Materia medica of Madras volume I
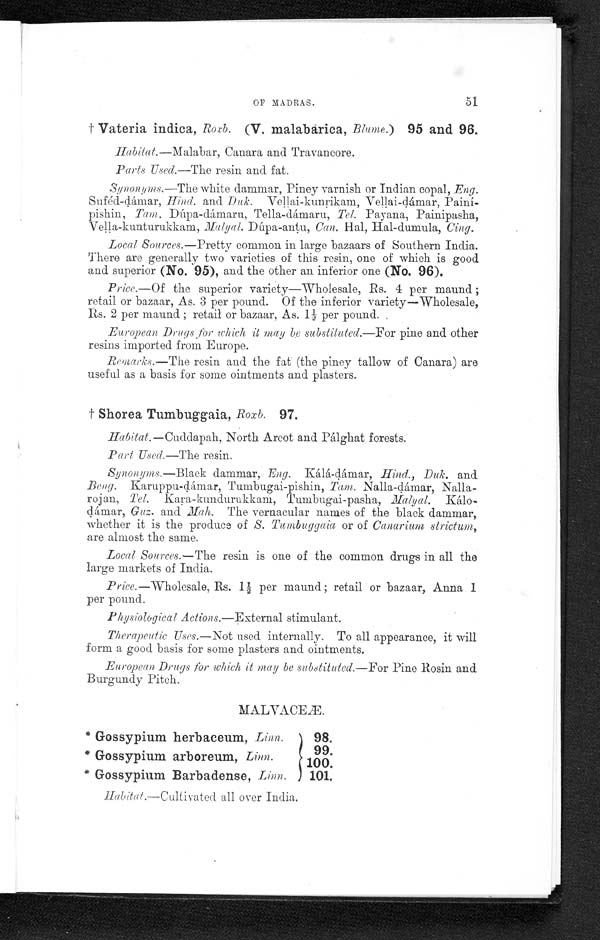
OP MADRAS.
51
† Vateria indica, Roxb. (V. malabarica, Blame.) 95 and 96.
Habitat.—Malabar, Canara and Travancore.
Parts Used.—The resin and fat.
Synonyms.—The white dammar, Piney varnish or Indian copal, Eng.
Suféd-dámar, Hind. and Duk. Vellai-kunrikam, Vellai-dámar, Paini-
pishin, Tam. Dúpa-dámaru, Tella-dámaru, Tel. Payana, Painipasha,
Vella-kunturukkam, Malyal. Dúpa-antu, Can, Hal, Hal-dumula, Cing.
Local Sources.—Pretty common in large bazaars of Southern India.
There are generally two varieties of this resin, one of which is good
and superior (No. 95), and the other an inferior one (No. 96).
Price.—Of the superior variety—Wholesale, Rs. 4 per maund ;
retail or bazaar, As. 3 per pound. Of the inferior variety—Wholesale,
Rs. 2 per maund ; retail or bazaar, As. 1½ per pound.
European Drugs for which it may be substituted.—For pine and other
resins imported from Europe.
Remarks.—The resin and the fat (the piney tallow of Canara) are
useful as a basis for some ointments and plasters.
† Shorea Tumbuggaia, Roxb. 97.
Habitat. —Cuddapah, North Arcot and Pálghat forests,
Part Used.—The resin.
Synonyms.—Black dammar, .Eng. KáIá-dámar Hind., Duk. and
Bony. Karuppu-dámar, Tumbugai-pishin, Tam. Nalla-dámar,
N a l l a - r o j a n ,
T e l .
K a r a - k u n d u r u k k a m , T u m b u g a i - p a s h a ,M
a l y a l .
K á l o -
dámar, Gus. and Mah. The vernacular names of the black dammar,
whether it is the produce of S. Tumbuggaia or of Canarium strictum,
are almost the same.
Local Sources.—The resin is one of the common drugs in all the
large markets of India.
Price.—Wholesale, Rs. 1½ per maund; retail or bazaar, Anna 1
per pound.
Physiological Actions.—External stimulant.
Therapeutic Uses.—Not used internally. To all appearance, it will
form a good basis for some plasters and ointments.
European Drugs for which it may be substituted.—For Pine Rosin and
Burgundy Pitch.
MALVACEÆ
*
Gossypium herbaceum, Linn.
98.
99.
* Gossypium arboreum, Linn.
100.
* Gossypium Barbadense, Linn.
101.
Hobitat.—Cultivated all over India.